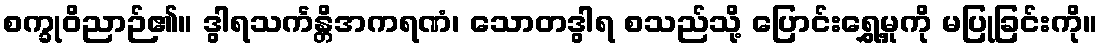
စက္ခုဝိညာဉ်၏။ ဒွါရသင်္ကန္တိအကရဏံ၊ သောတဒွါရ စသည်သို့ ပြောင်းရွှေ့မှုကို မပြုခြင်းကို။